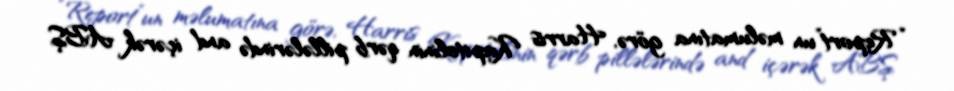
“Report”un məlumatına görə, Harris Kapitolinin qərb pillələrində and içərək ABŞ